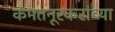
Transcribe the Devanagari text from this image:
कमतनूरकरांच्या